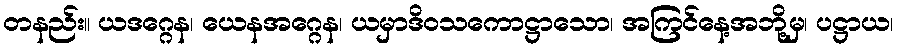
တနည်း။ ယဒဂ္ဂေန၊ ယေနအဂ္ဂေန၊ ယမှာဒိဝသကောဋ္ဌာသော၊ အကြင်နေ့အဘို့မှ၊ ပဋ္ဌာယ၊